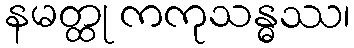
နမတ္ထု ကကုသန္ဓဿ၊